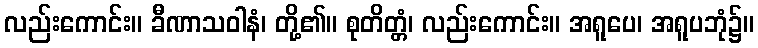
လည်းကောင်း။ ခီဏာသဝါနံ၊ တို့၏။ စုတိတ္တံ၊ လည်းကောင်း။ အရူပေ၊ အရူပဘုံ၌။